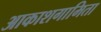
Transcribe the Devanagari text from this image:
आकाशगामिता